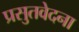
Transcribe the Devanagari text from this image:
प्रसुतवेदना